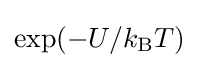
\exp(-U/k_{\text{B}}T)